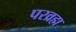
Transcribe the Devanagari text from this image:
परव्रह्म